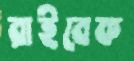
রাইবেক